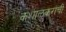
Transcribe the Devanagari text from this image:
कशाळकरांची